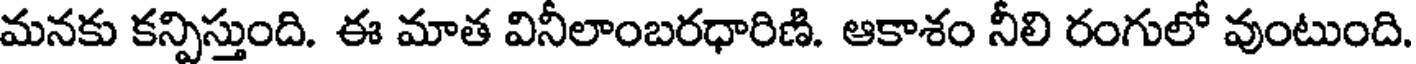
మనకు కన్పిస్తుంది. ఈ మాత వినీలాంబరధారిణి. ఆకాశం నీలి రంగులో వుంటుంది